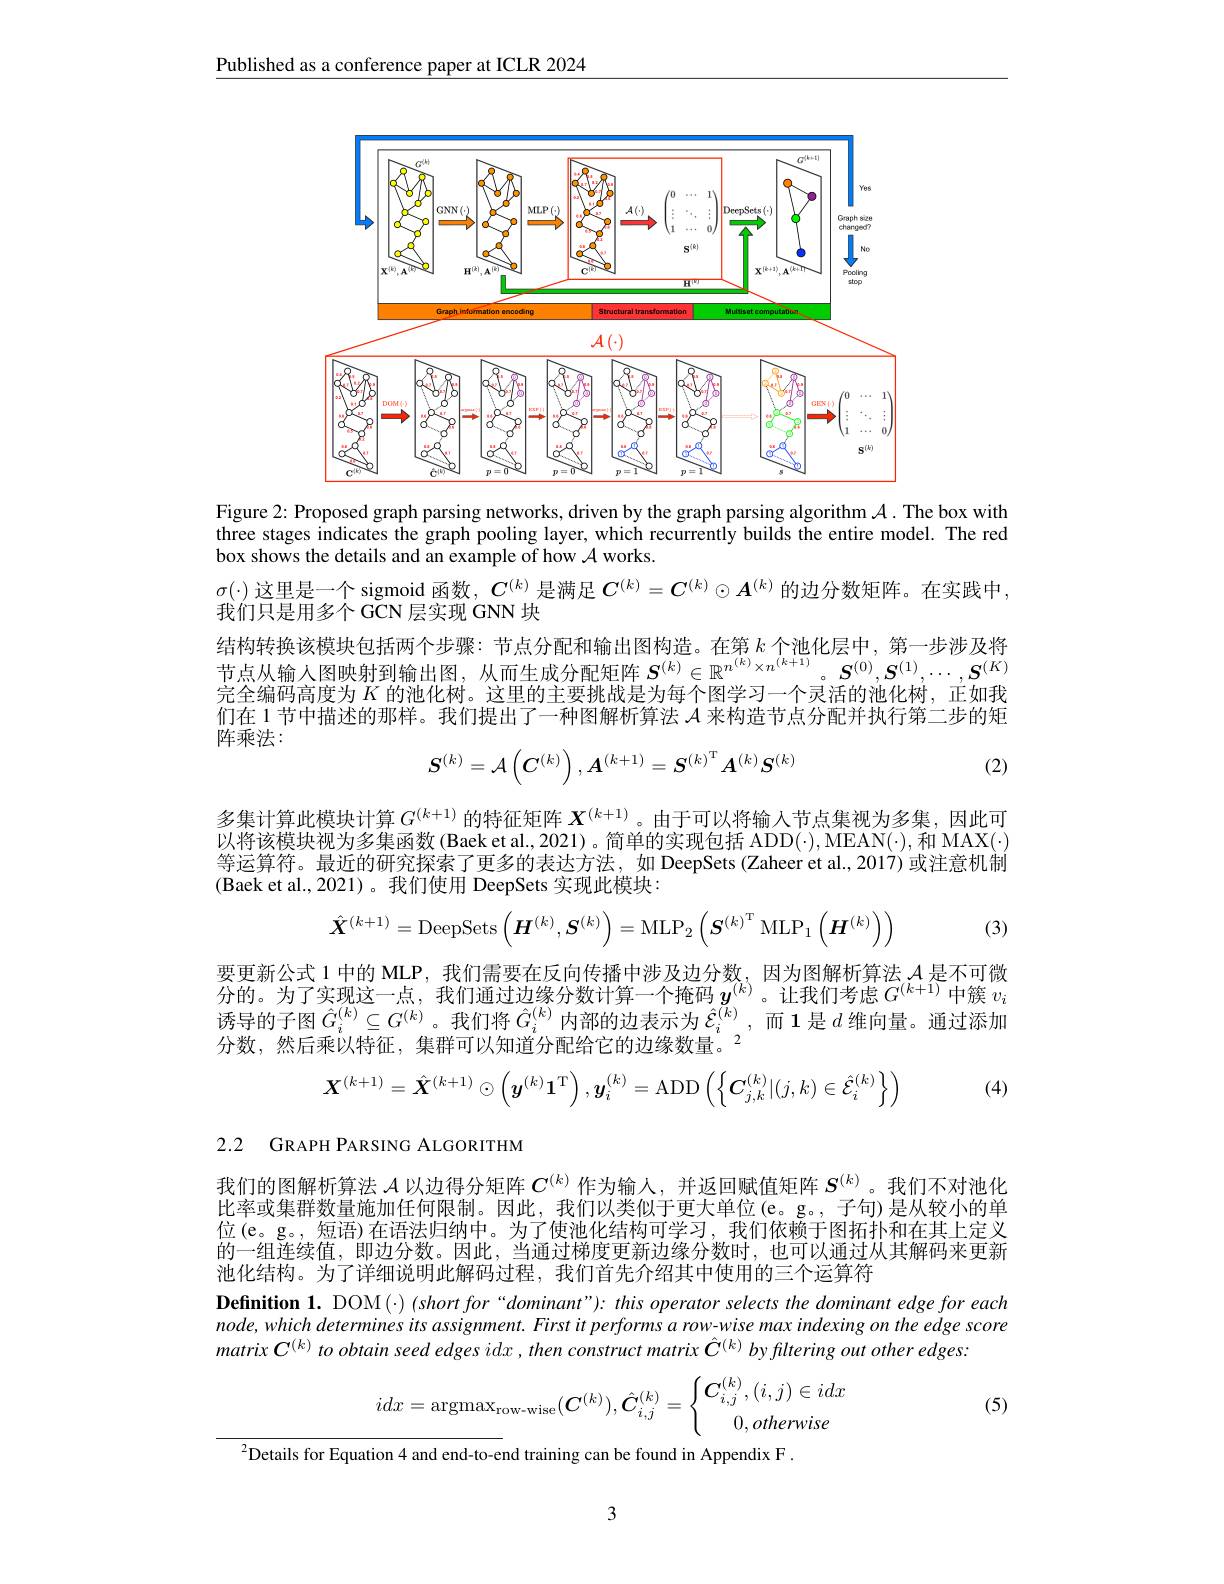
Published as a conference paper at ICLR 2024

<FigureHere>

Figure 2: Proposed graph parsing networks, driven by the graph parsing algorithm $\mathcal{A}.$ The box with three stages indicates the graph pooling layer, which recurrently builds the entire model. The red box shows the details and an example of how $\mathcal{A}$ works.

$\sigma(\cdot)$这里是一个 sigmoid 函数，$C^{(k)}$是满足$C^{(k)}=C^{(k)}\odot A^{(k)}$的边分数矩阵。在实践中，
我们只是用多个 GCN 层实现 GNN 块
结构转换该模块包括两个步骤：节点分配和输出图构造。在第$k$个池化层中，第一步涉及将结 构 投 换 以 使 块 包 括 阿 $\mid \mathcal{D}$球 $\cdot \text{ 可 点 力 自 作 拥 出 因 何 也 。在 为 }^{\:}\text{ 1, 他 化 宏 }^{\:}$, 并 少 少 及 内 节 点 从 输 入 图 映 射 到 输 出 图 , 从 而 生 成 分 配 矩 阵 $S^{( k) }\in \mathbb{R} ^{n^{( k) }\times n^{( k+ 1) }}。S^{( 0) }, S^{( 1) }, \cdots , S^{( K) }$ 完 全 编 码 高 度 为 $K$ 的 池 化 树 。这 里 的 主 要 挑 战 是 为 每 个 图 学 习 一 个 灵 活 的 池 化 树 , 正 如 我们在 1 节中描述的那样。我们提出了一种图解析算法$\mathcal{A}$来构造节点分配并执行第二步的矩阵乘法：
$$\boldsymbol{S}^{(k)}=\mathcal{A}\left(\boldsymbol{C}^{(k)}\right),\boldsymbol{A}^{(k+1)}=\boldsymbol{S}^{(k)^{\mathrm{T}}}\boldsymbol{A}^{(k)}\boldsymbol{S}^{(k)}$$
(2)

多集计算此模块计算$G^{(k+1)}$的特征矩阵$\boldsymbol X^{(k+1)}$。由于可以将输入节点集视为多集，因此可以将该模块视为多集函数(Baek et al., 2021)。简单的实现包括 ADD(·),MEAN(·),和 MAX(·) 等运算符。最近的研究探索了更多的表计方法、如 DeepSets (Zaheer et al..2017)或注意机制(Baek et al.,2021)。我们使用 DeepSets 实现此模块：
$$\hat{\boldsymbol{X}}^{(k+1)}=\mathrm{DeepSets}\left(\boldsymbol{H}^{(k)},\boldsymbol{S}^{(k)}\right)=\mathrm{MLP}_{2}\left(\boldsymbol{S}^{(k)^{\mathrm{T}}}\mathrm{MLP}_{1}\left(\boldsymbol{H}^{(k)}\right)\right)$$
(3)

要更新公式 1 中的 MLP, 我们需要在反向传播中涉及边分数，因为图解析算法$\mathcal{A}$是不可微分的。为了实现这一点，我们通过边缘分数计算一个掩码$y^{(k)}$。让我们考虑$G^{(k+1)}$中簇$v_i$ 诱导的子图$\hat{G}_i^{(k)}\subseteq G^{(k)}$。我们将$\hat{G}_i^{(k)}$内部的边表示为$\hat{\mathcal{E}}_i^{(k)}$,而1是$d$ 维向量。通过添加分数，然后乘以特征，集群可以知道分配给它的边缘数量。
$$\boldsymbol{X}^{(k+1)}=\hat{\boldsymbol{X}}^{(k+1)}\odot\left(\boldsymbol{y}^{(k)}\boldsymbol{1}^{\mathrm{T}}\right),\boldsymbol{y}_{i}^{(k)}=\mathrm{ADD}\left(\left\{\boldsymbol{C}_{j,k}^{(k)}|(j,k)\in\hat{\mathcal{E}}_{i}^{(k)}\right\}\right)$$
(4)

2.2 GRAPH PARSING ALGORITHM

我们的图解析算法$\mathcal{A}$以边得分矩阵$C^{(k)}$作为输人，并返回赋值矩阵$S^{(k)}$。我们不对池化比率或集群数量施加任何限制。因此，我们以类似于更大单位(e。g。,子句)是从较小的单位$\left(\mathrm{e}_{\mathrm{og}},\text{短语)在语法归纳中。为了使池化结构可学习，我们依赖于图拓扑和在其上定义}\right)$ 的一组连续值，即边分数。因此，当通过梯度更新边缘分数时，也可以通过从其解码来更新池化结构。为了详细说明此解码过程，我们首先介绍其中使用的三个运算符
Definition 1. DOM(·) (short for“dominant”): this operator selects the dominant edge for each $node,which$ determines its assignment. First it performs a row-wise max indexing on the edge score matrix $C^{( k) }$ $to$ obtain seed edges idx , then construct matrix $\hat{C} ^{( k) }$ $by$ filtering out other $edges.$
$$idx=\mathrm{argmax}_{\mathrm{row-wise}}(\boldsymbol{C}^{(k)}),\hat{\boldsymbol{C}}_{i,j}^{(k)}=\begin{cases}\boldsymbol{C}_{i,j}^{(k)},(i,j)\in idx\\\quad0,otherwise\end{cases}$$
(5)

$^{2}$Details for Equation 4 and end-to-end training can be found in Appendix F

3